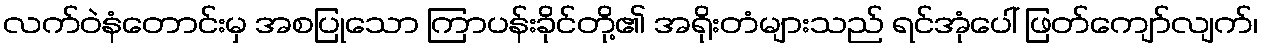
လက်ဝဲနံတောင်းမှ အစပြုသော ကြာပန်းခိုင်တို့၏ အရိုးတံများသည် ရင်အုံပေါ် ဖြတ်ကျော်လျက်၊